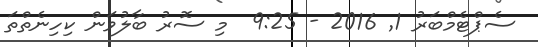
ސެޕްޓެމްބަރު 1